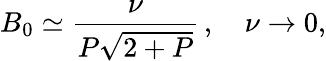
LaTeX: B_{0}\simeq\frac{\nu}{P\sqrt{2+P}}\, ,\quad\nu\to 0,